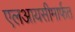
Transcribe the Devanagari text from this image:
एलआयसीमार्फत